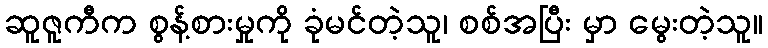
ဆူဇူကီက စွန့်စားမှုကို ခုံမင်တဲ့သူ၊ စစ်အပြီး မှာ မွေးတဲ့သူ။